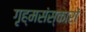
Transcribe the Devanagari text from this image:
गृह्मसंस्कारों